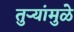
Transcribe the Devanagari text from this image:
तुऱ्यांमुळे